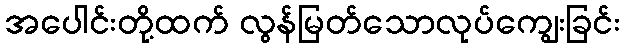
အပေါင်းတို့ထက် လွန်မြတ်သောလုပ်ကျွေးခြင်း